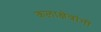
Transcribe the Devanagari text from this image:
कलाक्षेत्रांनी